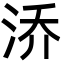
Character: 㳢